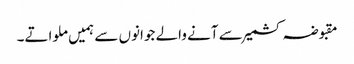
مقبوضہ کشمیر سے آنے والے جوانوں سے ہمیں ملواتے۔